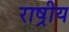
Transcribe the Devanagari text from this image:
राष्रीय